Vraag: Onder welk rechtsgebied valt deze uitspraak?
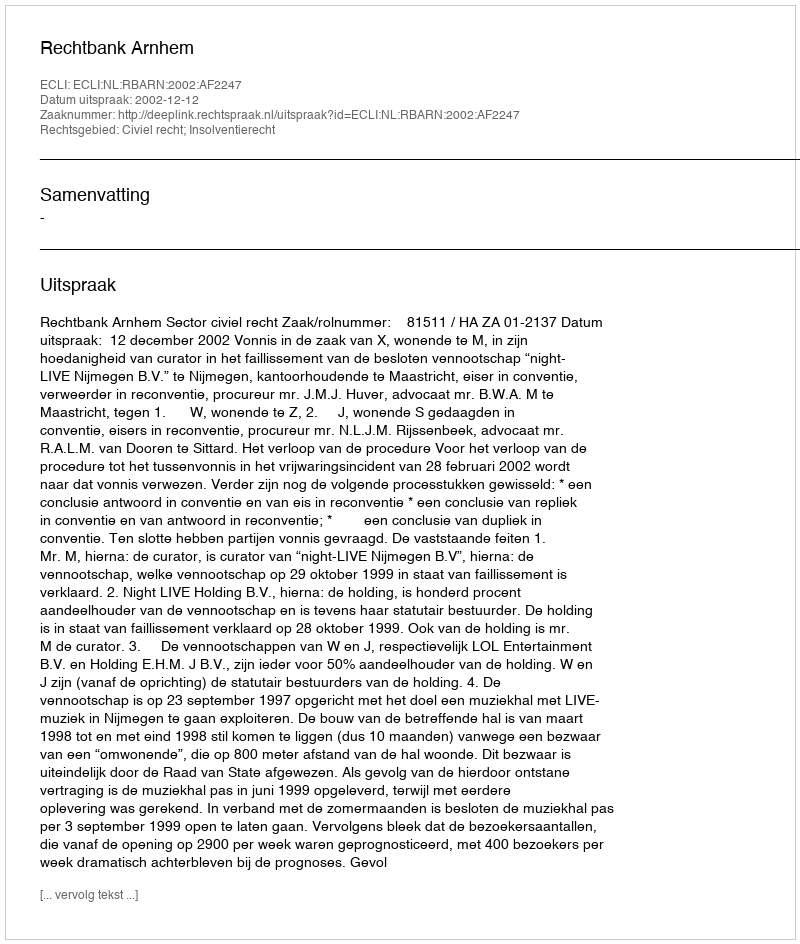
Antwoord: Civiel recht; Insolventierecht